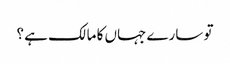
تو سارے جہاں کا مالک ہے ؟